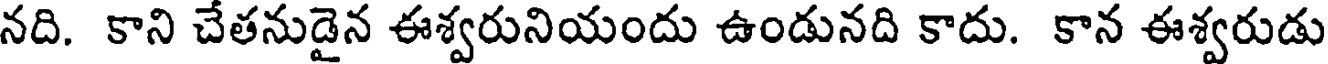
నది. కాని చేతనుడైన ఈశ్వరునియందు ఉండునది కాదు. కాన ఈశ్వరుడు